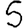
Digit: 5